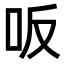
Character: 𠯘